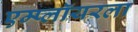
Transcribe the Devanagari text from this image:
एम्प्लॉयरला